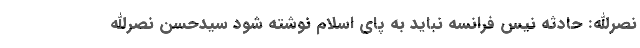
نصرالله: حادثه نیس فرانسه نباید به پای اسلام نوشته شود سیدحسن نصرالله